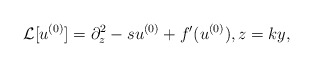
\begin{align*}\mathcal{L}[u^{(0)}]=\partial_z^2-su^{(0)}+f'(u^{(0)}), z=k y,\end{align*}